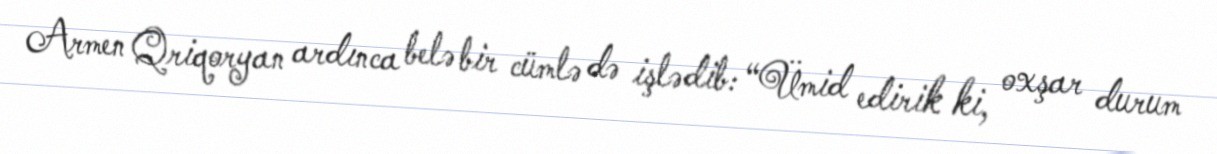
Armen Qriqoryan ardınca belə bir cümlə də işlədib: “Ümid edirik ki, oxşar durum